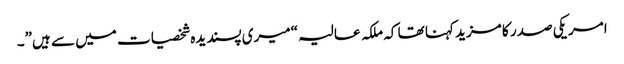
امریکی صدر کا مزید کہنا تھا کہ ملکہ عالیہ “میری پسندیدہ شخصیات میں سے ہیں”۔